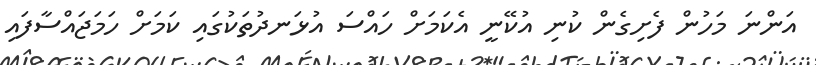
އަންނަ މަހުން ފެށިގެން ކުނި އުކޭނީ އެކަމަށް ހައްސަ އުޅަނދުތަކުގައި ކަމަށް ހަމަޖައްސާފައި